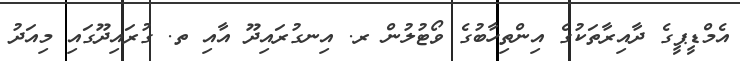
އެމްޑީޕީގެ ދާއިރާތަކުގެ އިންތިހާބުގެ ވޯޓުލުން ރ. އިނގުރައިދޫ އާއި ތ. ގުރައިދޫގައި މިއަދު